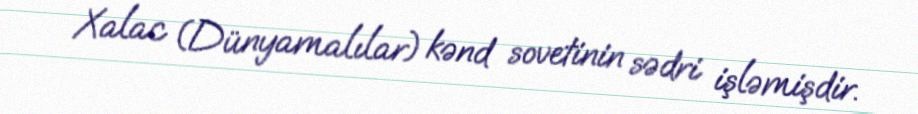
Xalac (Dünyamalılar) kənd sovetinin sədri işləmişdir.